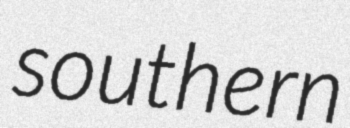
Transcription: southern